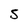
Character: S